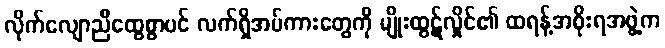
လိုက်လျောညီထွေစွာပင် လက်ရှိအပ်ကားတွေကို မျိုးထွဋ်လှိုင်၏ ထရန့်အစိုးရအဖွဲ့က